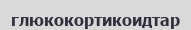
глюкокортикоидтар